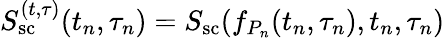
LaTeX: S_{\mathrm{sc}}^{(t,\tau)}(t_{n},\tau_{n})=S_{\mathrm{sc}}(f_{P_{n}}(t_{n},\tau_{n}),t_{n},\tau_{n})